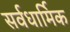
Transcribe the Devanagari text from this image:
सर्वधार्मिक